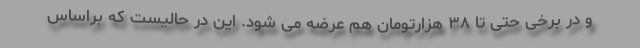
و در برخی حتی تا ۳۸ هزارتومان هم عرضه می شود. این در حالیست که براساس